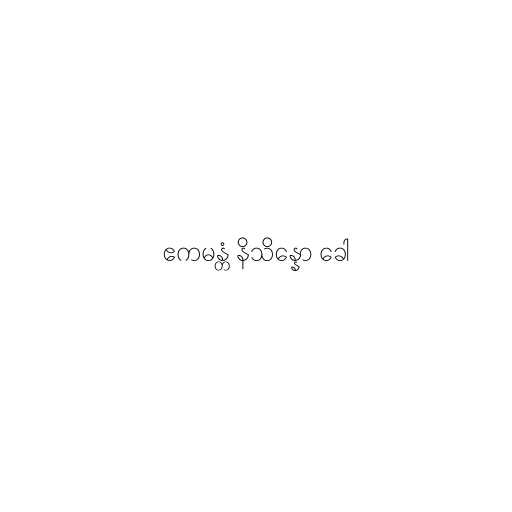
ဧကမန္တံ နိသိန္နော ခေါ